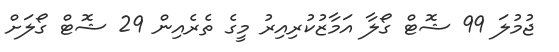
ޖުމުލަ 99 ޝޮޓް ގޯލާ އަމާޒުކުރިއިރު މީގެ ތެރެއިން 29 ޝޮޓް ގޯލަށް